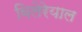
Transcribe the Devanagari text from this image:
विलेरेयाल